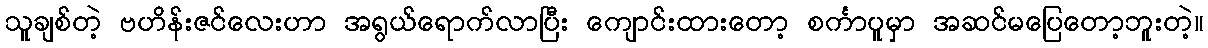
သူချစ်တဲ့ ဗဟိန်းဇင်လေးဟာ အရွယ်ရောက်လာပြီး ကျောင်းထားတော့ စင်္ကာပူမှာ အဆင်မပြေတော့ဘူးတဲ့။